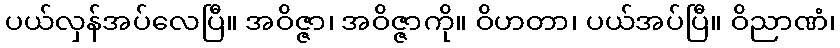
ပယ်လှန်အပ်လေပြီ။ အဝိဇ္ဇာ၊ အဝိဇ္ဇာကို။ ဝိဟတာ၊ ပယ်အပ်ပြီ။ ဝိညာဏံ၊